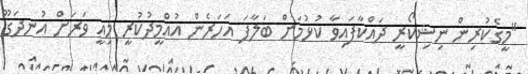
"މީގެކުރިން ނިޝިކޯރީ ދައްކާފައިވާ ކުޅުމަށް ބަލާފަ އަހަރެން އުއްމީދުކުރީ މިއީ ވަރަށް އުނދަގޫ